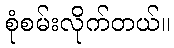
စုံစမ်းလိုက်တယ်။